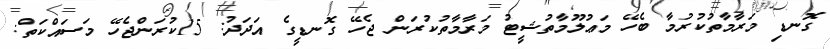
ގޮނޑި މަރާމާތުކުރުމާ ބެހޭ މަޢުލޫމާތުޝީޓު މަރާމާތުކުރަން ޖެހޭ ގޮނޑީގެ އަދަދު: 15ކުރަންޖެހޭ މަސައްކަތް: